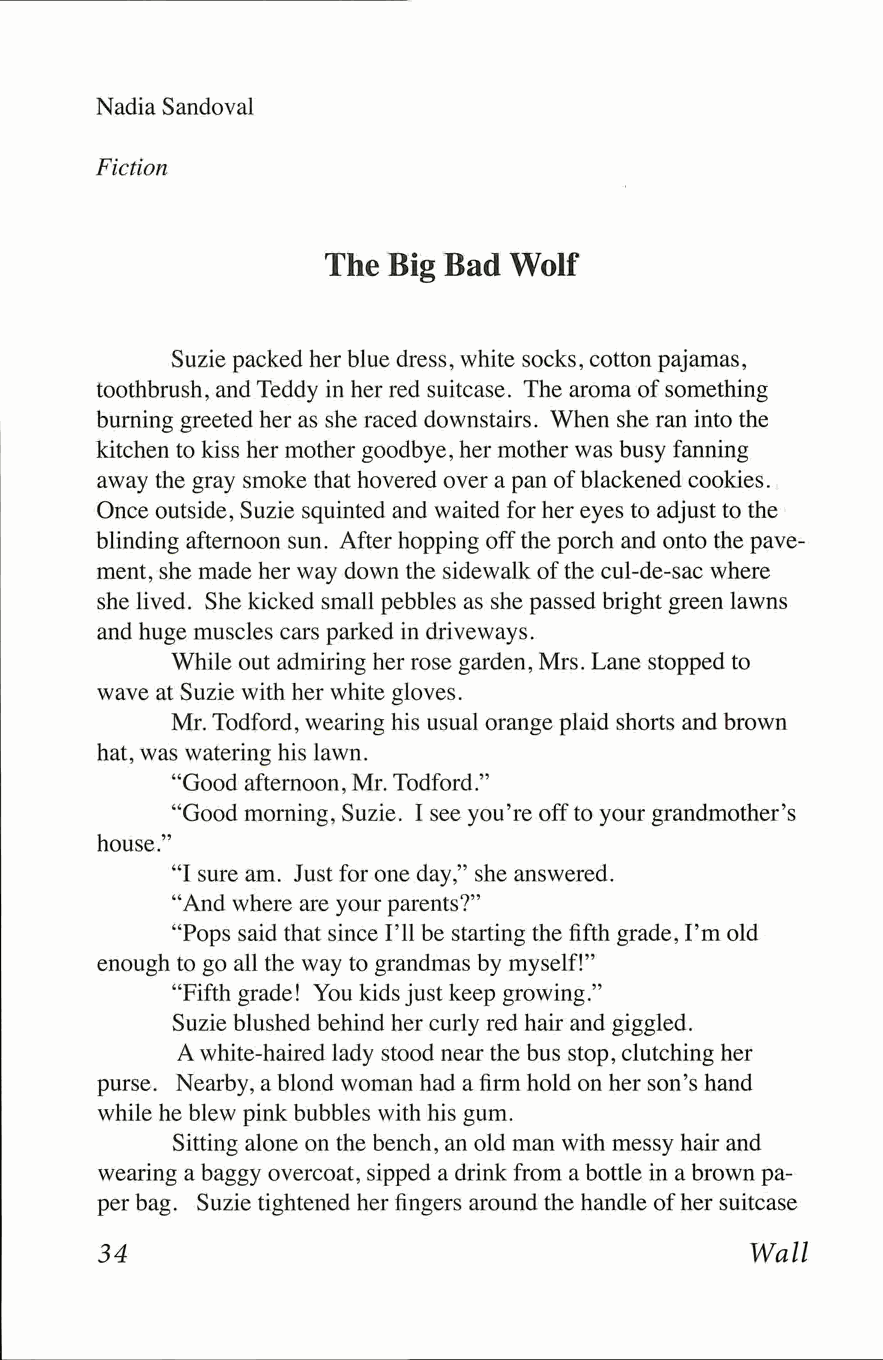
Nadia Sandoval
 Fiction
 The  Big Bad Wolf
 Suzie packed her blue dress, white socks, cotton pajamas,
 toothbrush, and Teddy in her red suitcase. The aroma of something
 burning greeted her as she raced downstairs. When she ran into the
 kitchen to kiss her mother goodbye, her mother was busy fanning
 away the gray smoke that hovered over a pan of blackened cookies.
 Once outside, Suzie squinted and waited for her eyes to adjust to the
 blinding afternoon sun. After hopping off the porch and onto the pave­
 ment, she made her way down the sidewalk of the cul-de-sac where
 she lived. She kicked small pebbles as she passed bright green lawns
 and huge muscles cars parked in driveways.
 While out admiring her rose garden, Mrs. Lane stopped to
 wave at Suzie with her white gloves.
 Mr. Todford, wearing his usual orange plaid shorts and brown
 hat, was watering his lawn.
 "Good afternoon, Mr. Todford."
 "Good morning, Suzie. I see you're off to your grandmother's
 house."
 "I sure am. Just for one day," she answered.
 "And where are your parents?"
 "Pops said that since I'll be starting the fifth grade, I'm old
 enough to go all the way to grandmas by myself!"
 "Fifth grade! You kids just keep growing."
 Suzie blushed behind her curly red hair and giggled.
 A white-haired lady stood near the bus stop, clutching her
 purse. Nearby, a blond woman had a firm hold on her son's hand
 while he blew pink bubbles with his gum.
 Sitting alone on the bench, an old man with messy hair and
 wearing a baggy overcoat, sipped a drink from a bottle in a brown pa­
 per bag. Suzie tightened her fingers around the handle of her suitcase
 34                                         Wall